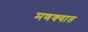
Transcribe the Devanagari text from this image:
मणक्‍यात